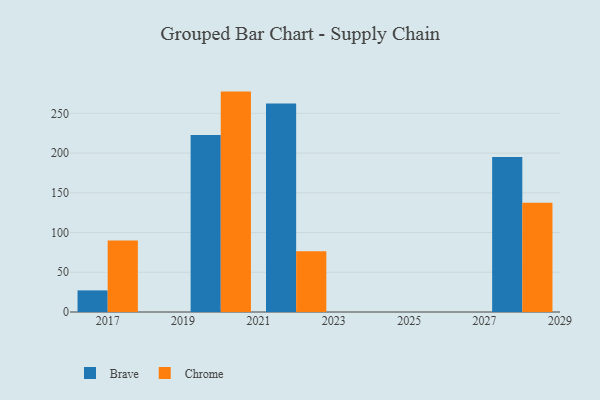
{"axis": {"x": "Year", "y": "Churn Rate (%)"}, "legend": ["Brave", "Chrome"], "data": [{"x": "2020", "y": 222.9, "type": "Brave"}, {"x": "2020", "y": 277.4, "type": "Chrome"}, {"x": "2022", "y": 262.4, "type": "Brave"}, {"x": "2022", "y": 76.5, "type": "Chrome"}, {"x": "2017", "y": 27.2, "type": "Brave"}, {"x": "2017", "y": 90.1, "type": "Chrome"}, {"x": "2028", "y": 195.2, "type": "Brave"}, {"x": "2028", "y": 137.4, "type": "Chrome"}]}